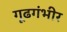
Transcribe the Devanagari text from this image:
गूढगंभीर